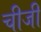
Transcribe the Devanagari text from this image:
चीजी